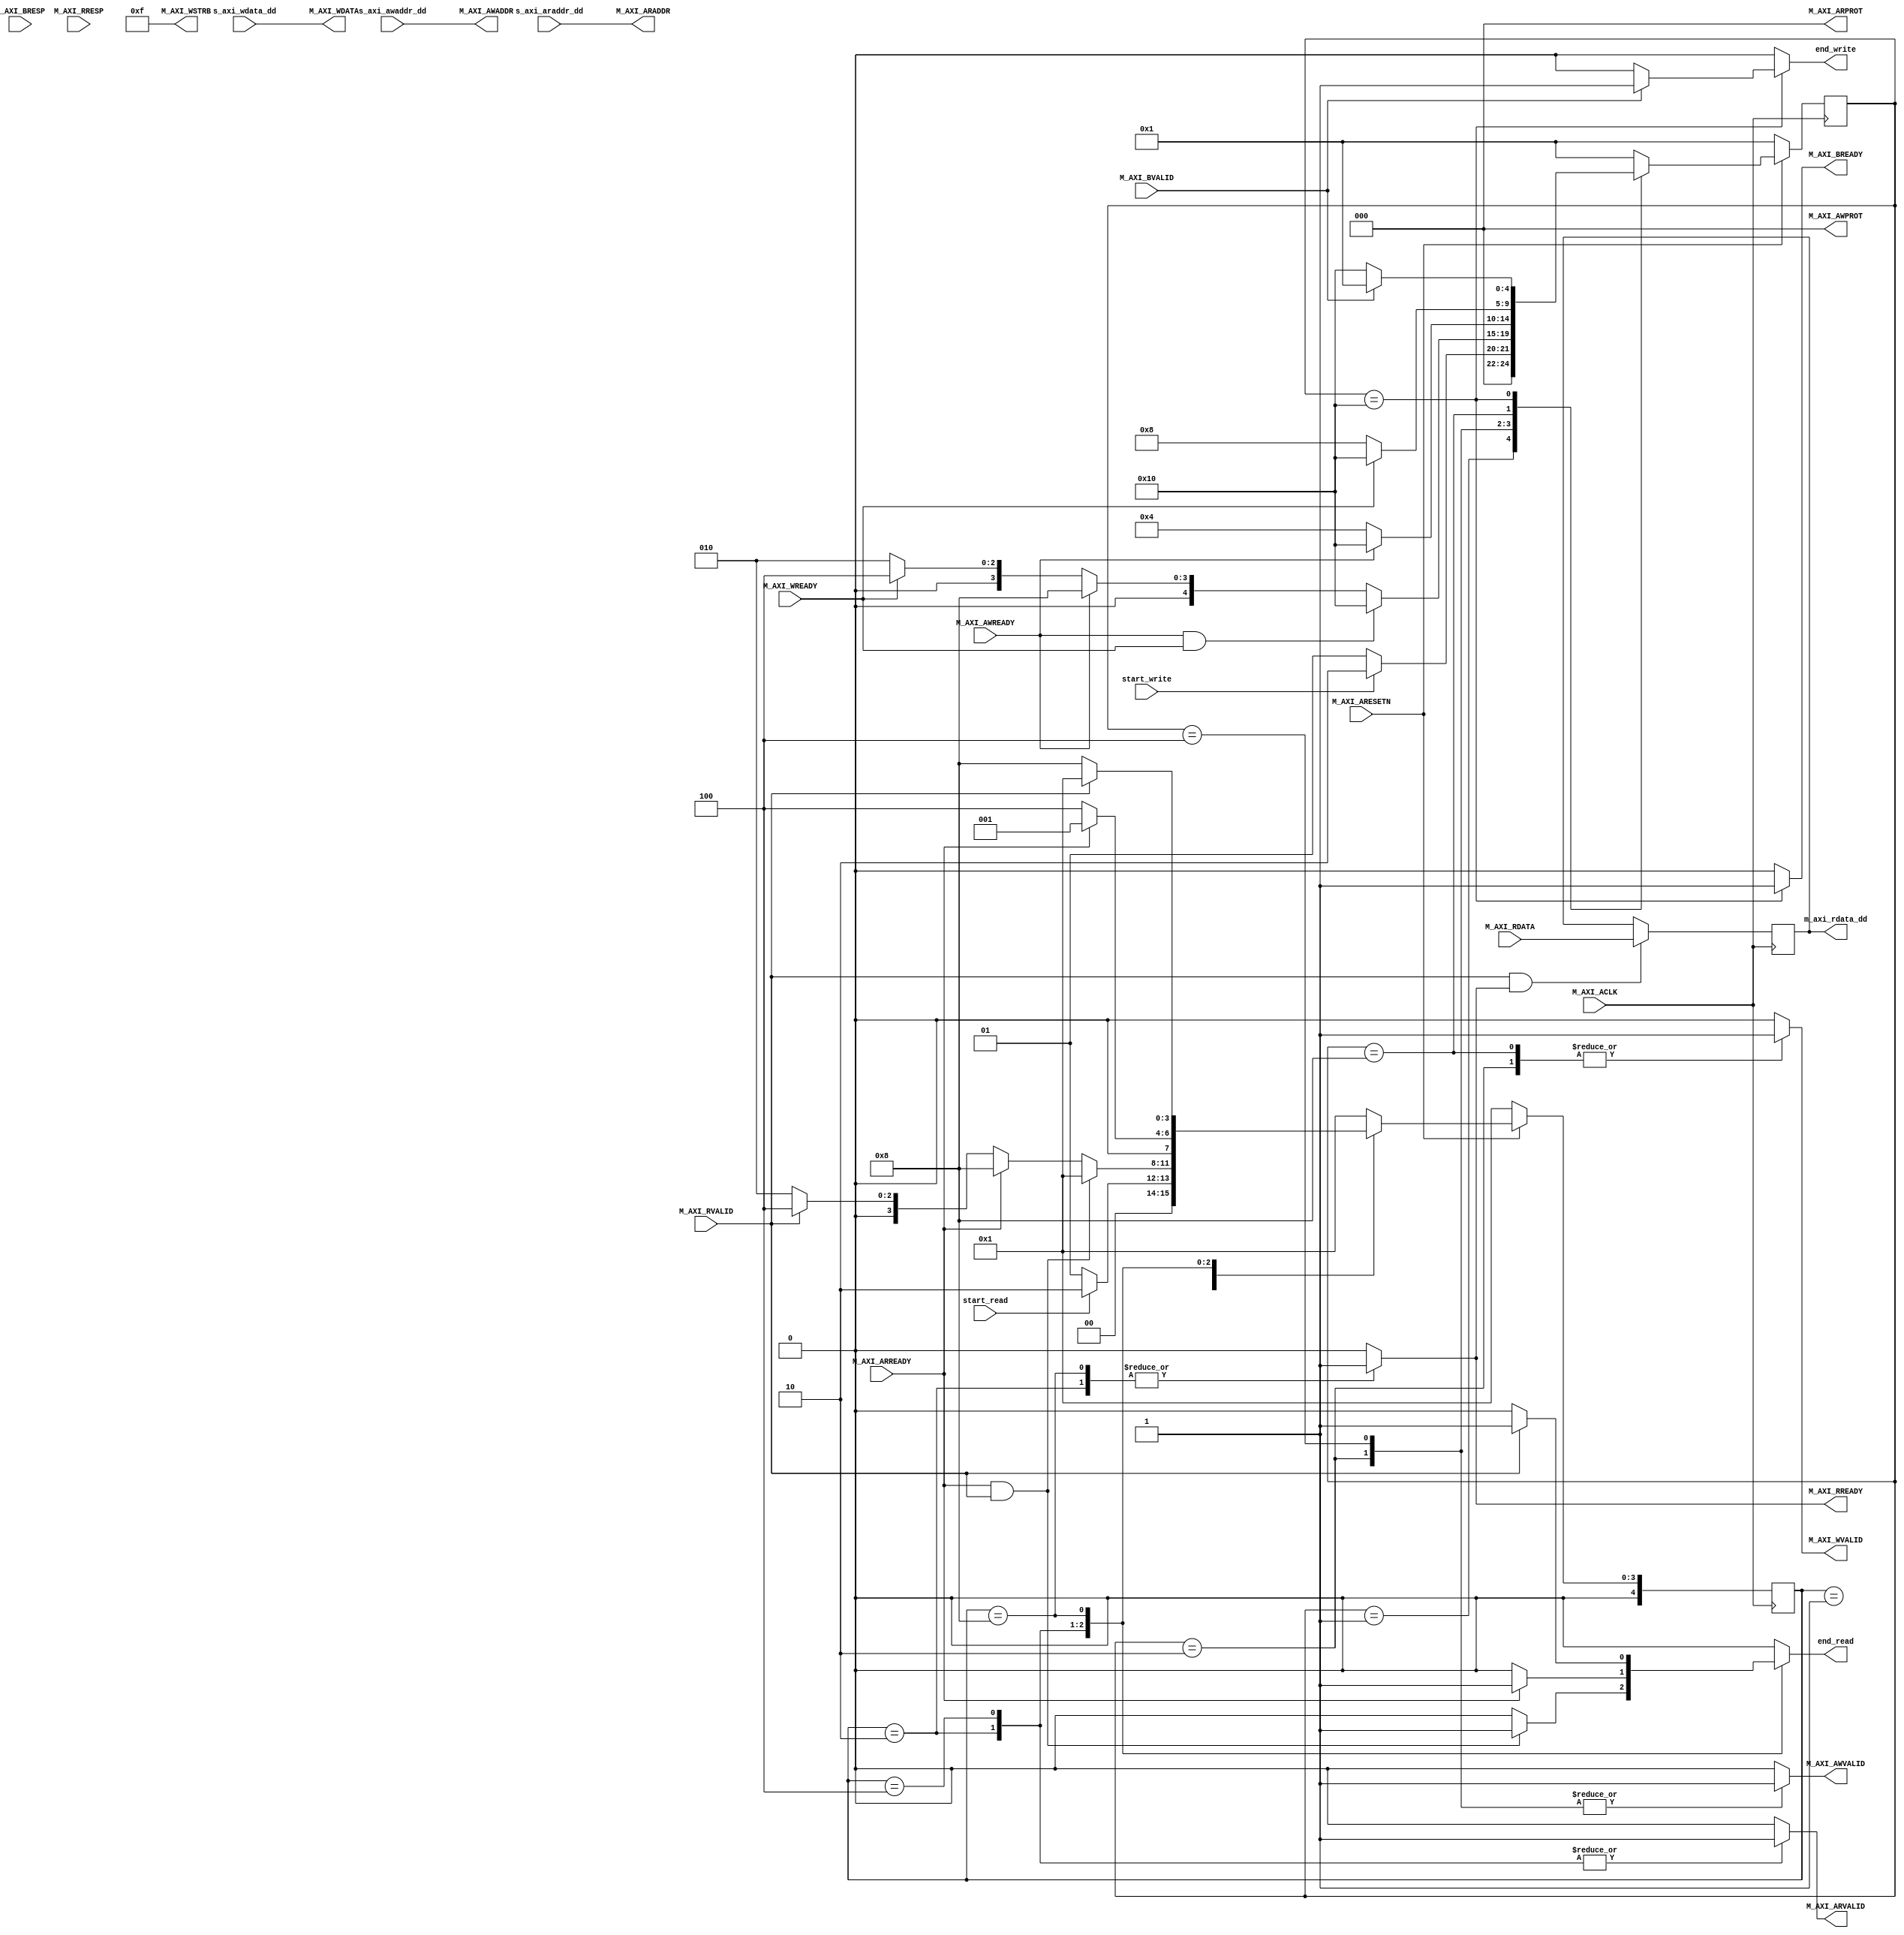
// This program was cloned from: https://github.com/esa-tu-darmstadt/tapasco
// License: GNU Lesser General Public License v3.0

//
// Copyright (C) 2014 David de la Chevallerie, TU Darmstadt
//
// This file is part of Tapasco (TPC).
//
// Tapasco is free software: you can redistribute it and/or modify
// it under the terms of the GNU Lesser General Public License as published by
// the Free Software Foundation, either version 3 of the License, or
// (at your option) any later version.
//
// Tapasco is distributed in the hope that it will be useful,
// but WITHOUT ANY WARRANTY; without even the implied warranty of
// MERCHANTABILITY or FITNESS FOR A PARTICULAR PURPOSE.  See the
// GNU Lesser General Public License for more details.
//
// You should have received a copy of the GNU Lesser General Public License
// along with Tapasco.  If not, see <http://www.gnu.org/licenses/>.
//

`timescale 1 ns / 1 ps

	module mm_to_lite_v1_0_M_AXI_LITE #
	(
		// Users to add parameters here

		// User parameters ends
		// Do not modify the parameters beyond this line

		// The master requires a target slave base address.
    // The master will initiate read and write transactions on the slave with base address specified here as a parameter.
		parameter  C_M_TARGET_SLAVE_BASE_ADDR	= 32'h40000000,
		// Width of M_AXI address bus. 
    // The master generates the read and write addresses of width specified as C_M_AXI_ADDR_WIDTH.
		parameter integer C_M_AXI_ADDR_WIDTH	= 32,
		// Width of M_AXI data bus. 
    // The master issues write data and accept read data where the width of the data bus is C_M_AXI_DATA_WIDTH
		parameter integer C_M_AXI_DATA_WIDTH	= 32
	)
	(
		// Users to add ports here

		input wire start_write,
		input wire [C_M_AXI_ADDR_WIDTH-1 : 0] s_axi_awaddr_dd,
		input wire [C_M_AXI_DATA_WIDTH-1 : 0] s_axi_wdata_dd,
		output reg end_write,

		input wire start_read,
		input wire [C_M_AXI_ADDR_WIDTH-1 : 0] s_axi_araddr_dd,
		output reg [C_M_AXI_DATA_WIDTH-1 : 0] m_axi_rdata_dd,
		output reg end_read,

		// User ports ends
		// Do not modify the ports beyond this line

		// AXI clock signal
		input wire  M_AXI_ACLK,
		// AXI active low reset signal
		input wire  M_AXI_ARESETN,
		// Master Interface Write Address Channel ports. Write address (issued by master)
		output wire [C_M_AXI_ADDR_WIDTH-1 : 0] M_AXI_AWADDR,
		// Write channel Protection type.
    // This signal indicates the privilege and security level of the transaction,
    // and whether the transaction is a data access or an instruction access.
		output wire [2 : 0] M_AXI_AWPROT,
		// Write address valid. 
    // This signal indicates that the master signaling valid write address and control information.
		output reg  M_AXI_AWVALID,
		// Write address ready. 
    // This signal indicates that the slave is ready to accept an address and associated control signals.
		input wire  M_AXI_AWREADY,
		// Master Interface Write Data Channel ports. Write data (issued by master)
		output wire [C_M_AXI_DATA_WIDTH-1 : 0] M_AXI_WDATA,
		// Write strobes. 
    // This signal indicates which byte lanes hold valid data.
    // There is one write strobe bit for each eight bits of the write data bus.
		output wire [C_M_AXI_DATA_WIDTH/8-1 : 0] M_AXI_WSTRB,
		// Write valid. This signal indicates that valid write data and strobes are available.
		output reg  M_AXI_WVALID,
		// Write ready. This signal indicates that the slave can accept the write data.
		input wire  M_AXI_WREADY,
		// Master Interface Write Response Channel ports. 
    // This signal indicates the status of the write transaction.
		input wire [1 : 0] M_AXI_BRESP,
		// Write response valid. 
    // This signal indicates that the channel is signaling a valid write response
		input wire  M_AXI_BVALID,
		// Response ready. This signal indicates that the master can accept a write response.
		output reg  M_AXI_BREADY,
		// Master Interface Read Address Channel ports. Read address (issued by master)
		output wire [C_M_AXI_ADDR_WIDTH-1 : 0] M_AXI_ARADDR,
		// Protection type. 
    // This signal indicates the privilege and security level of the transaction, 
    // and whether the transaction is a data access or an instruction access.
		output wire [2 : 0] M_AXI_ARPROT,
		// Read address valid. 
    // This signal indicates that the channel is signaling valid read address and control information.
		output reg  M_AXI_ARVALID,
		// Read address ready. 
    // This signal indicates that the slave is ready to accept an address and associated control signals.
		input wire  M_AXI_ARREADY,
		// Master Interface Read Data Channel ports. Read data (issued by slave)
		input wire [C_M_AXI_DATA_WIDTH-1 : 0] M_AXI_RDATA,
		// Read response. This signal indicates the status of the read transfer.
		input wire [1 : 0] M_AXI_RRESP,
		// Read valid. This signal indicates that the channel is signaling the required read data.
		input wire  M_AXI_RVALID,
		// Read ready. This signal indicates that the master can accept the read data and response information.
		output reg  M_AXI_RREADY
	);
                                              
	// Add user logic here

	// function called clogb2 that returns an integer which has the 
	// value of the ceiling of the log base 2.                      
	function integer clogb2 (input integer bit_depth);              
	  begin                                                           
	  for(clogb2=0; bit_depth>0; clogb2=clogb2+1)                   
	    bit_depth = bit_depth >> 1;                                 
	  end                                                           
	endfunction 

	//localparam integer BYTES_PER_BEAT = C_M_AXI_DATA_WIDTH/8;

	// paramter for fsm and control unit
	localparam integer STATE_BIT_WIDTH 		= 5;
	localparam [STATE_BIT_WIDTH - 1 : 0] IDLE 	= 5'b00001;
	localparam [STATE_BIT_WIDTH - 1 : 0] ALL 	= 5'b00010;
	localparam [STATE_BIT_WIDTH - 1 : 0] ADDR 	= 5'b00100;
	localparam [STATE_BIT_WIDTH - 1 : 0] DATA 	= 5'b01000;
	localparam [STATE_BIT_WIDTH - 1 : 0] RESP 	= 5'b10000;

	reg  [STATE_BIT_WIDTH - 1 : 0] 		state_read;
	reg  [STATE_BIT_WIDTH - 1 : 0] 		next_state_read;

	reg  [STATE_BIT_WIDTH - 1 : 0] 		state_write;
	reg  [STATE_BIT_WIDTH - 1 : 0] 		next_state_write;

	// switch next_state_read synchron
	always @( posedge M_AXI_ACLK )
	begin
	  if ( M_AXI_ARESETN == 1'b0 )
		begin
		    state_read <= IDLE;
		    state_write <= IDLE;
		end
	  else
		begin
		    state_read <= next_state_read;
		    state_write <= next_state_write;
		end
	end

	//--------------------
	// Write Channel
	//--------------------

	// Fixed Values for Write Transfers
	assign M_AXI_WSTRB = {C_M_AXI_DATA_WIDTH/8{1'b1}};
	assign M_AXI_AWPROT = 3'b000;

	assign M_AXI_AWADDR = s_axi_awaddr_dd;
	assign M_AXI_WDATA = s_axi_wdata_dd;

	//combinatorc logic to calculate next state_write
	//and logic to give outputs
	always @( * )
	begin
	    M_AXI_AWVALID = 1'b0;
	    M_AXI_WVALID = 1'b0;
	    M_AXI_BREADY = 1'b0;
	    end_write = 1'b0;

	    case(state_write)
		IDLE:
		    begin
			if(start_write == 1'b1)
			    begin
				next_state_write = ALL;
			    end
			else
			    begin
		    		next_state_write = IDLE;
			    end
		    end
		ALL:
		    begin
	    		M_AXI_AWVALID = 1'b1;
	    		M_AXI_WVALID = 1'b1;
			if(M_AXI_AWREADY == 1'b1 && M_AXI_WREADY == 1'b1)
			    begin
				next_state_write = RESP;
			    end
			else if(M_AXI_AWREADY == 1'b1)
			    begin
				next_state_write = DATA;
			    end
			else if(M_AXI_WREADY == 1'b1)
			    begin
				next_state_write = ADDR;
			    end
			else
			    begin
		    		next_state_write = ALL;
			    end
		    end
		ADDR:
		    begin
	    		M_AXI_AWVALID = 1'b1;
			if(M_AXI_AWREADY == 1'b1)
			    begin
				next_state_write = RESP;
			    end
			else
			    begin
		    		next_state_write = ADDR;
			    end
		    end
		DATA:
		    begin
	    		M_AXI_WVALID = 1'b1;
			if(M_AXI_WREADY == 1'b1)
			    begin
				next_state_write = RESP;
			    end
			else
			    begin
		    		next_state_write = DATA;
			    end
		    end
		RESP:
		    begin
	    		M_AXI_BREADY = 1'b1;
			if(M_AXI_BVALID == 1'b1)
			    begin
	    			end_write = 1'b1;
				next_state_write = IDLE;
			    end
			else
			    begin
		    		next_state_write = RESP;
			    end
		    end
		default:
		    next_state_write = IDLE;
	    endcase
	end

	//--------------------
	// Read Channel
	//--------------------

	// Fixed Values for Write Transfers
	assign M_AXI_ARPROT = 3'b000;
	assign M_AXI_ARADDR = s_axi_araddr_dd;

	// save read channel inputs
	always @( posedge M_AXI_ACLK )
	begin
	  if ( M_AXI_RVALID == 1'b1 && M_AXI_RREADY == 1'b1 )
		begin
		    m_axi_rdata_dd <= M_AXI_RDATA;
		end
	end

	//combinatorc logic to calculate next state_read
	//and logic to give outputs
	always @( * )
	begin
	    M_AXI_ARVALID = 1'b0;
	    M_AXI_RREADY = 1'b0;
	    end_read = 1'b0;

	    case(state_read)
		IDLE:
		    begin
			if(start_read == 1'b1)
			    begin
				next_state_read = ALL;
			    end
			else
			    begin
		    		next_state_read = IDLE;
			    end
		    end
		ALL:
		    begin
	    		M_AXI_ARVALID = 1'b1;
	    		M_AXI_RREADY = 1'b1;
			if(M_AXI_ARREADY == 1'b1 && M_AXI_RVALID == 1'b1)
			    begin
	    			end_read = 1'b1;
				next_state_read = IDLE;
			    end
			else if(M_AXI_ARREADY == 1'b1)
			    begin
				next_state_read = DATA;
			    end
			else if(M_AXI_RVALID == 1'b1)
			    begin
				next_state_read = ADDR;
			    end
			else
			    begin
		    		next_state_read = ALL;
			    end
		    end
		ADDR:
		    begin
	    		M_AXI_ARVALID = 1'b1;
			if(M_AXI_ARREADY == 1'b1)
			    begin
	    			end_read = 1'b1;
				next_state_read = IDLE;
			    end
			else
			    begin
		    		next_state_read = ADDR;
			    end
		    end
		DATA:
		    begin
	    		M_AXI_RREADY = 1'b1;
			if(M_AXI_RVALID == 1'b1)
			    begin
	    			end_read = 1'b1;
				next_state_read = IDLE;
			    end
			else
			    begin
		    		next_state_read = DATA;
			    end
		    end
		default:
		    next_state_read = IDLE;
	    endcase
	end

	// User logic ends

	endmodule